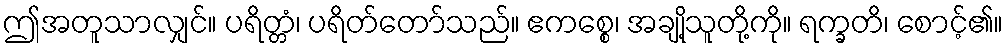
ဤအတူသာလျှင်။ ပရိတ္တံ၊ ပရိတ်တော်သည်။ ဧကစ္စေ၊ အချို့သူတို့ကို။ ရက္ခတိ၊ စောင့်၏။